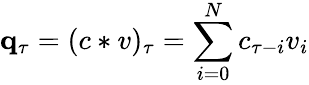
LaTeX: \mathbf q_{\tau}=(c*v)_{\tau}=\sum_{i=0}^{N}c_{{\tau-i}}v_{i}